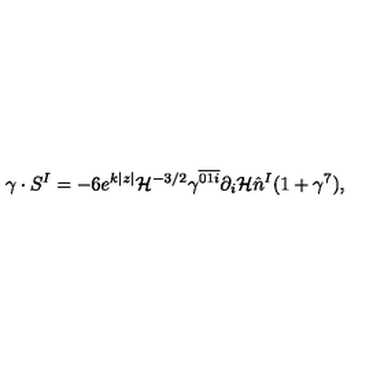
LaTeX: \gamma \cdot S ^ { I } = - 6 e ^ { k | z | } { \cal H } ^ { - 3 / 2 } \gamma ^ { \overline { { 0 1 i } } } \partial _ { i } { \cal H } \hat { n } ^ { I } ( 1 + \gamma ^ { 7 } ) ,